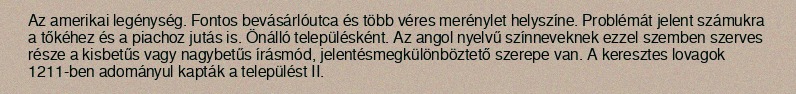
Az amerikai legénység. Fontos bevásárlóutca és több véres merénylet helyszíne. Problémát jelent számukra a tőkéhez és a piachoz jutás is. Önálló településként. Az angol nyelvű színneveknek ezzel szemben szerves része a kisbetűs vagy nagybetűs írásmód, jelentésmegkülönböztető szerepe van. A keresztes lovagok 1211-ben adományul kapták a települést II.